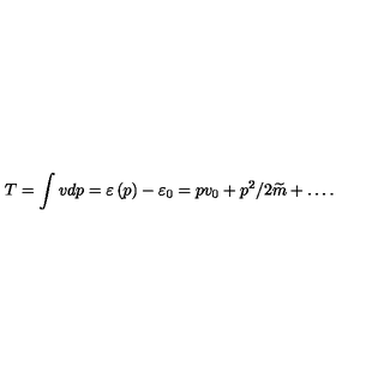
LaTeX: T = \int v d p = \varepsilon \left( p \right) - \varepsilon _ { 0 } = p v _ { 0 } + p ^ { 2 } / 2 \widetilde { m } + \ldots .